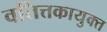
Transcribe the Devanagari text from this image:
वतित्तकायुक्त